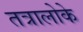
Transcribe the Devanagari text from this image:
तत्रालोके